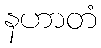
နဟာတံ